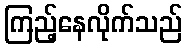
ကြည့်နေလိုက်သည်